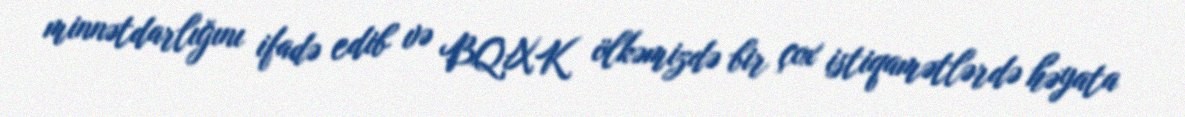
minnətdarlığını ifadə edib və BQXK ölkəmizdə bir çox istiqamətlərdə həyata